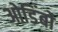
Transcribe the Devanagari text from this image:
ओडिंबो